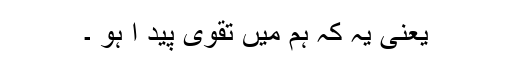
یعنی یہ کہ ہم میں تقویٰ پید ا ہو ۔